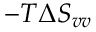
- T \Delta S _ { v v }